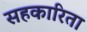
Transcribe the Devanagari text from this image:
सहकारिता